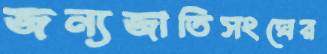
জন্যজাতিসংঘের